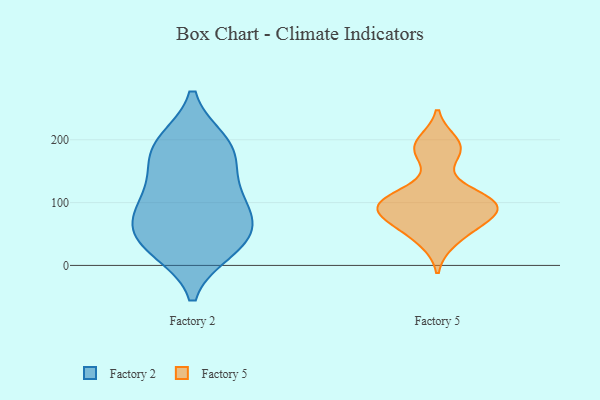
{"axis": {"x": "Shipments", "y": "Value"}, "legend": ["Factory 2", "Factory 5"], "data": [{"x": "", "y": 128, "type": "Factory 2"}, {"x": "", "y": 30, "type": "Factory 2"}, {"x": "", "y": 56, "type": "Factory 2"}, {"x": "", "y": 183, "type": "Factory 2"}, {"x": "", "y": 25, "type": "Factory 2"}, {"x": "", "y": 67, "type": "Factory 2"}, {"x": "", "y": 110, "type": "Factory 2"}, {"x": "", "y": 196, "type": "Factory 2"}, {"x": "", "y": 166, "type": "Factory 2"}, {"x": "", "y": 194, "type": "Factory 2"}, {"x": "", "y": 33, "type": "Factory 2"}, {"x": "", "y": 76, "type": "Factory 2"}, {"x": "", "y": 93, "type": "Factory 2"}, {"x": "", "y": 76, "type": "Factory 5"}, {"x": "", "y": 87, "type": "Factory 5"}, {"x": "", "y": 76, "type": "Factory 5"}, {"x": "", "y": 182, "type": "Factory 5"}, {"x": "", "y": 196, "type": "Factory 5"}, {"x": "", "y": 55, "type": "Factory 5"}, {"x": "", "y": 93, "type": "Factory 5"}, {"x": "", "y": 39, "type": "Factory 5"}, {"x": "", "y": 103, "type": "Factory 5"}, {"x": "", "y": 104, "type": "Factory 5"}, {"x": "", "y": 183, "type": "Factory 5"}, {"x": "", "y": 113, "type": "Factory 5"}, {"x": "", "y": 99, "type": "Factory 5"}]}